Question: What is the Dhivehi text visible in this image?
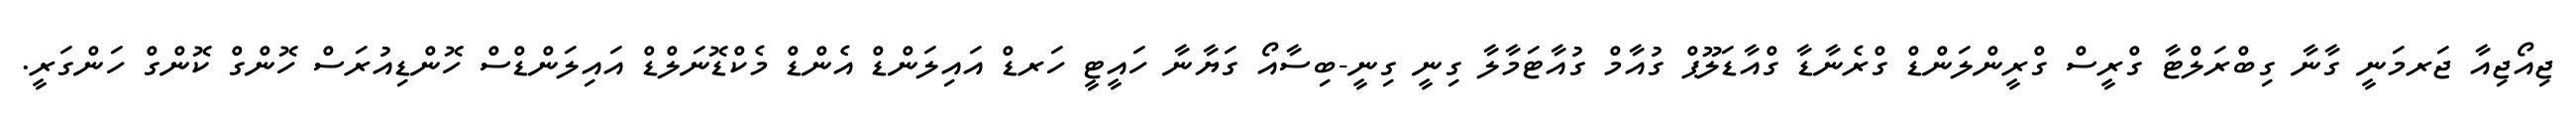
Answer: ޖިއޯޖިއާ ޖަރމަނީ ގާނާ ގިބްރަލްޓާ ގްރީސް ގްރީންލަންޑް ގްރެނާޑާ ގްއާޑަލޫޕް ގުއާމް ގުއާޓަމާލާ ގިނީ ގިނީ-ބިސާއޯ ގަޔާނާ ހައީޓީ ހަރޑް އައިލަންޑް އެންޑް މެކްޑޮނަލްޑް އައިލަންޑްސް ހޮންޑިއުރަސް ހޮންގް ކޮންގް ހަންގަރީ.